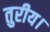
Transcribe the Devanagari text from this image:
तुरीय।